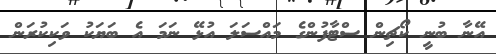
އޭނާ ބުނީ ކޯޗިން ސްޓާފުންގެ މައްސަލަ އުޅޭ ނަމަ އެ ބަޔަކު ވަކިކުރަން